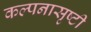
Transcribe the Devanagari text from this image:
कल्पनासृष्टी